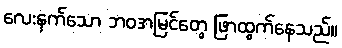
လေးနက်သော ဘဝအမြင်တွေ ဖြာထွက်နေသည်။